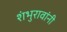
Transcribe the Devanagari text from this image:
शंभुरावांनी